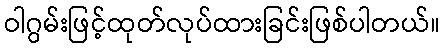
ဝါဂွမ်းဖြင့်ထုတ်လုပ်ထားခြင်းဖြစ်ပါတယ်။